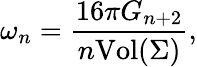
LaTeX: \omega_{n}=\frac{16\pi G_{n+2}}{n\mathrm{Vol}(\Sigma)},